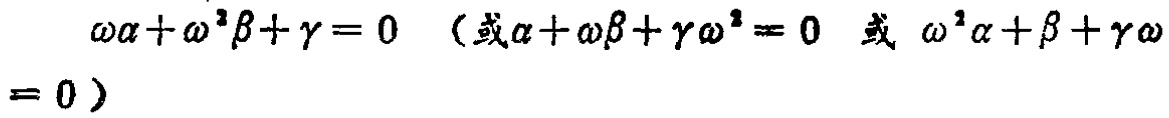
\(\omega\alpha+\omega^{2}\beta+\gamma = 0\)（或\(\alpha+\omega\beta+\gamma\omega^{2}= 0\)或\(\omega^{2}\alpha+\beta+\gamma\omega = 0\)）